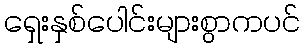
ရှေးနှစ်ပေါင်းများစွာကပင်